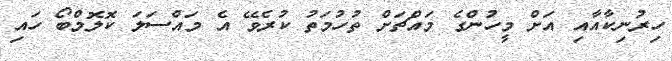
ހިރުނިކާއާއި އަށް މީހުންގެ މައްޗަށް ތުހުމަތު ކުރެވޭ އެ މައްސަލަ ކޮލޮމްބޯ ހައި